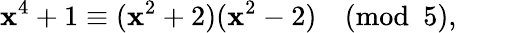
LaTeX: \mathbf{x}^{4}+1\equiv(\mathbf{x}^{2}+2)(\mathbf{x}^{2}-2){\pmod{5}},\qquad